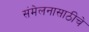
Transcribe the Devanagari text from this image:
संमेलनासाठीचे